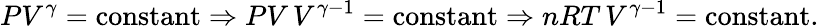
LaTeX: PV^{\gamma}={\mathrm{constant}}\Rightarrow PV\, V^{\gamma-1}={\mathrm{constant}}\Rightarrow nRT\, V^{\gamma-1}={\mathrm{constant}}.